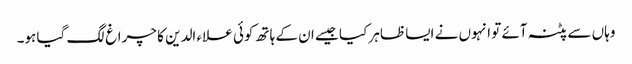
وہاں سے پٹنہ آئے تو انہوں نے ایسا ظاہر کیا جیسے ان کے ہاتھ کوئی علاء الدین کا چراغ لگ گیا ہو۔